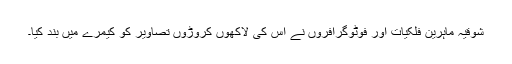
شوقیہ ماہرینِ فلکیات اور فوٹوگرافروں نے اس کی لاکھوں کروڑوں تصاویر کو کیمرے میں بند کیا۔